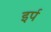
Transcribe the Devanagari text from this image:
इर्प